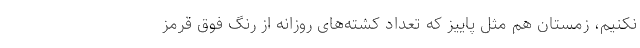
نکنیم، زمستان هم مثل پاییز که تعداد کشته‌های روزانه از رنگ فوق قرمز